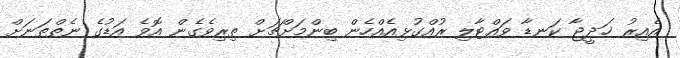
އެއިރު ޚަދީޖާ ކަނޑާ ވައްޓާލި ރުއްގުޅިއެއްހެން ބިންމަށްޗަށް ތިރިވެގެން އޮވެ އަޑުގެ ނެތްތަނަށް